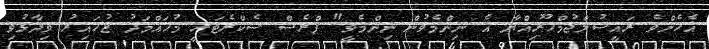
އެހެންވެ ރައީސުލްޖުމްހޫރިއްޔާ އެ ނިންމެވުން ނިންމެވީ" ޕްރެސް ސެކްރެޓަރީ މުހައްމަދު ޒުހައިރު ވިދާޅުވި